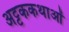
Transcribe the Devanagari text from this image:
अट्टककथाओं